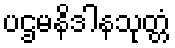
ပဌမနိဒါနသုတ္တံ